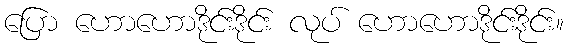
ပြော ဟောဟောဒိုင်းဒိုင်း လုပ် ဟောဟောဒိုင်းဒိုင်း။